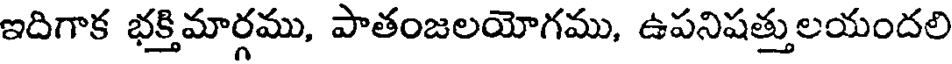
ఇదిగాక భక్తిమార్గము, పాతంజలయోగము, ఉపనిషత్తులయందలి